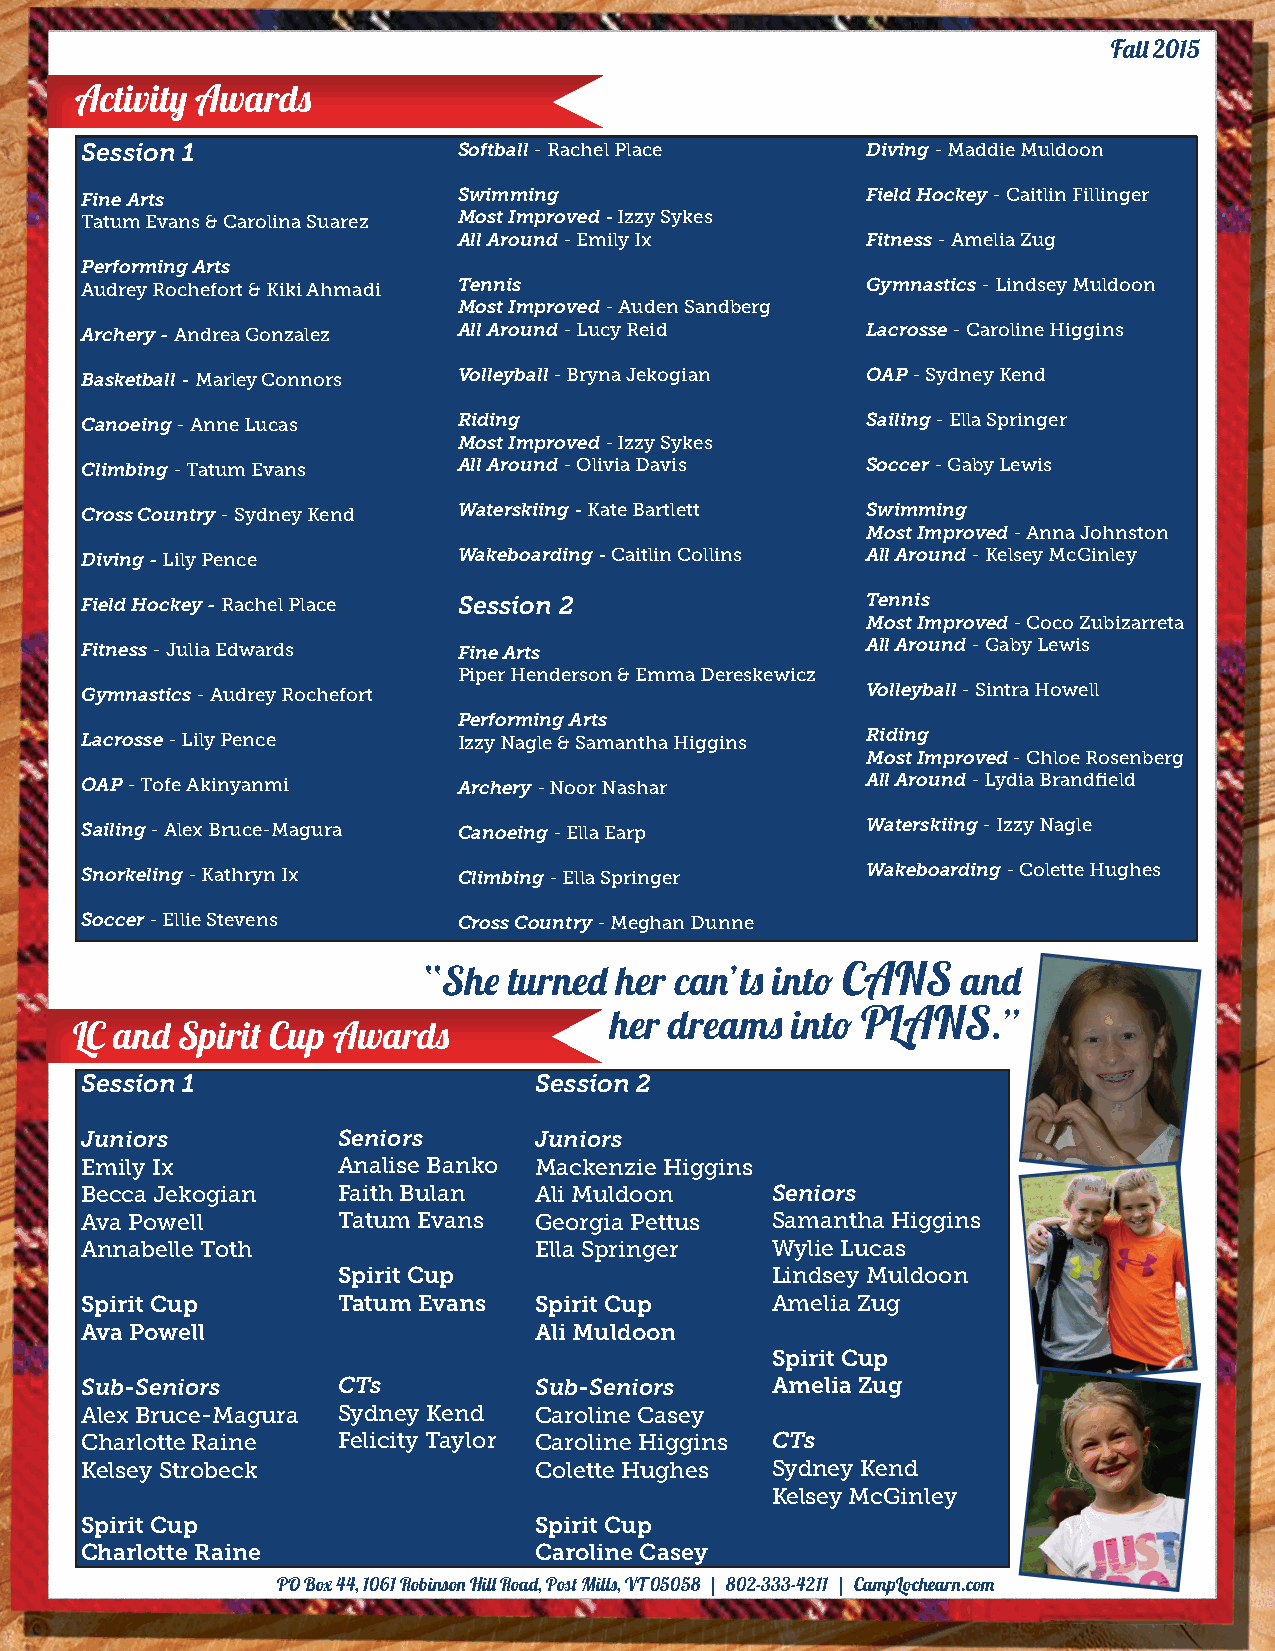
Fall 2015
 Activity Awards
 Session 1                Softball - Rachel Place    Diving - Maddie Muldoon
 Fine Arts                Swimming                   Field Hockey - Caitlin Fillinger
 Tatum Evans & Carolina Suarez Most Improved - Izzy Sykes
 All Around - Emily Ix      Fitness - Amelia Zug
 Performing Arts
 Audrey Rochefort & Kiki Ahmadi Tennis               Gymnastics - Lindsey Muldoon
 Most Improved - Auden Sandberg
 Archery - Andrea Gonzalez All Around - Lucy Reid    Lacrosse - Caroline Higgins
 Basketball - Marley Connors Volleyball - Bryna Jekogian OAP - Sydney Kend
 Canoeing - Anne Lucas    Riding                     Sailing - Ella Springer
 Most Improved - Izzy Sykes
 Climbing - Tatum Evans   All Around - Olivia Davis  Soccer - Gaby Lewis
 Cross Country - Sydney Kend Waterskiing - Kate Bartlett Swimming
 Most Improved - Anna Johnston
 Diving - Lily Pence      Wakeboarding - Caitlin Collins All Around - Kelsey McGinley
 Field Hockey - Rachel Place Session 2               Tennis
 Most Improved - Coco Zubizarreta
 Fitness - Julia Edwards  Fine Arts                  All Around - Gaby Lewis
 Piper Henderson & Emma Dereskewicz
 Gymnastics - Audrey Rochefort                       Volleyball - Sintra Howell
 Performing Arts
 Lacrosse - Lily Pence    Izzy Nagle & Samantha Higgins Riding
 Most Improved - Chloe Rosenberg
 OAP - Tofe Akinyanmi     Archery - Noor Nashar      All Around - Lydia Brandfield
 Sailing - Alex Bruce-Magura Canoeing - Ella Earp    Waterskiing - Izzy Nagle
 Snorkeling - Kathryn Ix  Climbing - Ella Springer   Wakeboarding - Colette Hughes
 Soccer - Ellie Stevens   Cross Country - Meghan Dunne
 “She  turned her can’ts into CANS   and
 her dreams  into PLANS.”
 LC and Spirit Cup Awards
 Session 1                     Session 2
 Juniors          Seniors      Juniors
 Emily Ix         Analise Banko Mackenzie Higgins
 Becca Jekogian   Faith Bulan  Ali Muldoon     Seniors
 Ava Powell       Tatum Evans  Georgia Pettus  Samantha Higgins
 Annabelle Toth                Ella Springer   Wylie Lucas
 Spirit Cup                   Lindsey Muldoon
 Spirit Cup       Tatum Evans  Spirit Cup      Amelia Zug
 Ava Powell                    Ali Muldoon
 Spirit Cup
 Sub-Seniors      CTs          Sub-Seniors     Amelia Zug
 Alex Bruce-Magura Sydney Kend Caroline Casey
 Charlotte Raine  Felicity Taylor Caroline Higgins CTs
 Kelsey Strobeck               Colette Hughes  Sydney Kend
 Kelsey McGinley
 Spirit Cup                    Spirit Cup
 Charlotte Raine               Caroline Casey
 PO Box 44, 1061 Robinson Hill Road, Post Mills, VT 05058 | 802-333-4211 | CampLochearn.com